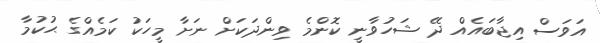
އަވަސް އިޖާބައެއް ދޭ ޝަހުވާނީ ކޮންމެ ވިންދަކަށް ނަށާ މީހަކު ކަމެއްގެ ޙުކުމާ